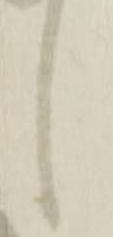
し